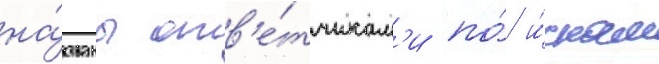
на́званы отв'е́тчикам'и по́ и́скам